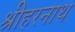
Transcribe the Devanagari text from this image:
श्रीहरनाथ